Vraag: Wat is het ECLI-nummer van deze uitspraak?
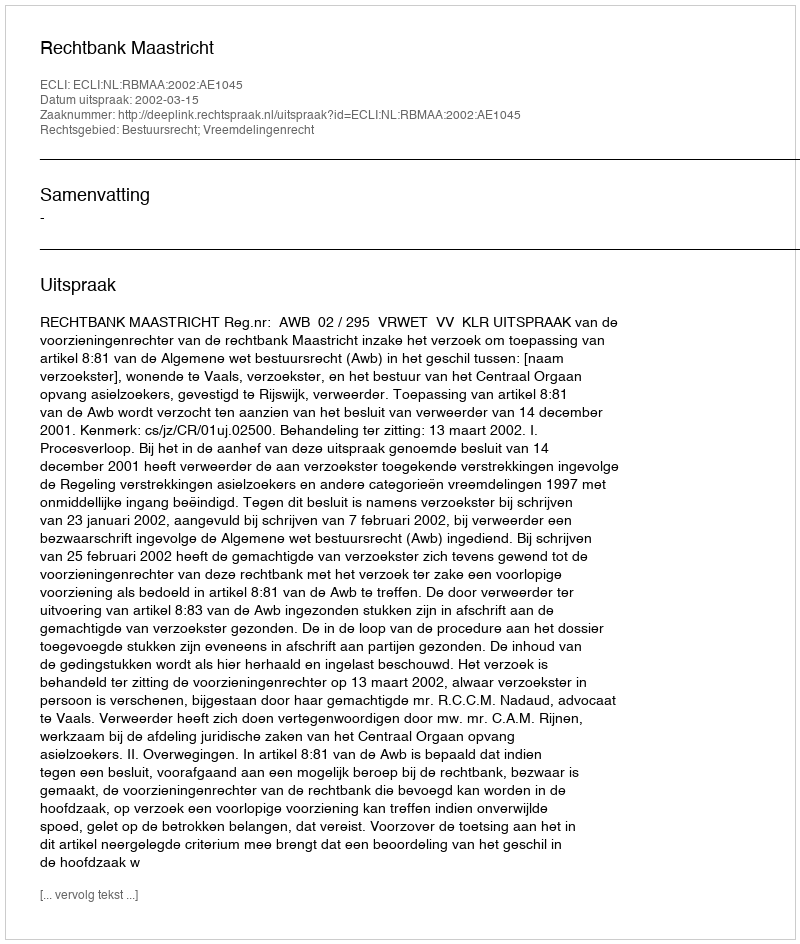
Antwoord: ECLI:NL:RBMAA:2002:AE1045